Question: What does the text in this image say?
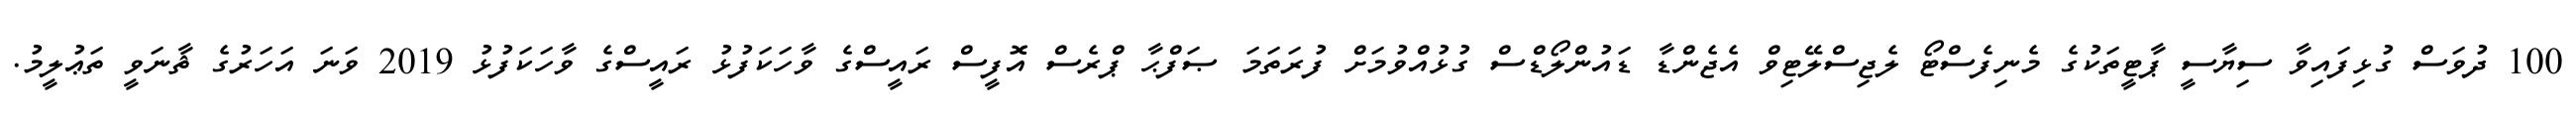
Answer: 100 ދުވަސް ގުޅިފައިވާ ސިޔާސީ ޕާޓީތަކުގެ މެނިފެސްޓޯ ލެޖިސްލޭޓިވް އެޖެންޑާ ޑައުންލޯޑްސް ގުޅުއްވުމަށް ފުރަތަމަ ޞަފްޙާ ޕްރެސް އޮފީސް ރައީސްގެ ވާހަކަފުޅު ރައީސްގެ ވާހަކަފުޅު 2019 ވަނަ އަހަރުގެ ޘާނަވީ ތަޢުލީމު.